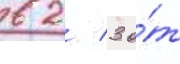
в 2/ 3 о́т